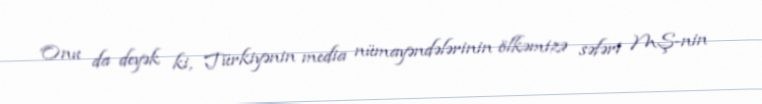
Onu da deyək ki, Türkiyənin media nümayəndələrinin ölkəmizə səfəri MŞ-nin